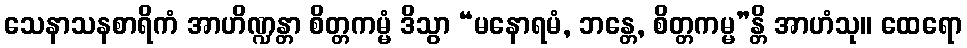
သေနာသနစာရိကံ အာဟိဏ္ဍန္တာ စိတ္တကမ္မံ ဒိသွာ “မနောရမံ, ဘန္တေ, စိတ္တကမ္မ”န္တိ အာဟံသု။ ထေရော